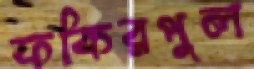
ফকিরপুল